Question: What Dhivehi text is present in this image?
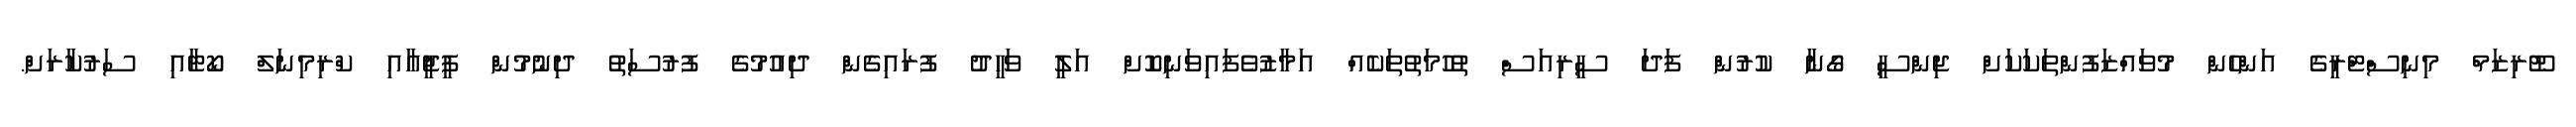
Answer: ޓޫރިޒަމް މިނިސްޓްރީގެ އަންހެން މުވައްޒަފުންތަކަކަށް ޖިންސީ ގޯނާ ކުރުން ފަދަ ސީރިއަސް ތުހުމަތުތަކެއް އަމާޒުވެފައިވަނިކޮށް އަލީ ވަހީދު ފުރައިގެން ދިއުމުގެ ފުރުސަތު ދިނުމުން ޕީޖީއާއި ކްރިމިނަލް ކޯޓާއި ސަރުކާރަށް.